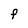
Character: F